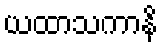
ယထာသကာနိ